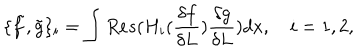
\{ \tilde { f } , \tilde { g } \} _ { i } = \int R e s ( H _ { i } ( \frac { \delta f } { \delta L } ) \frac { \delta g } { \delta L } ) d x , \quad i = 1 , 2 ,